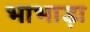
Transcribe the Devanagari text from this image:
भाभाड़ा